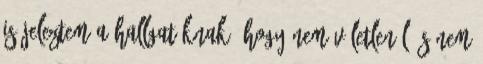
is jeleztem a hallgatóknak, hogy nem véletlenül és nem